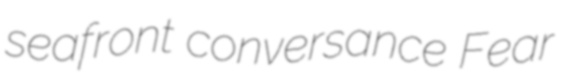
seafront conversance Fear